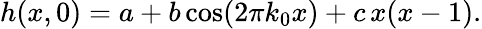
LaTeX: \begin{array}{r}{h(x,0)=a+b\cos(2\pi k_{0}x)+c\, x(x-1).}\end{array}